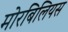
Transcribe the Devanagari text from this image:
मोरबिलियस